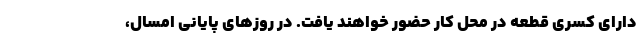
دارای کسری قطعه در محل کار حضور خواهند یافت. در روزهای پایانی امسال،